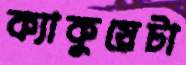
ক্যাকুয়েটা